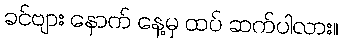
ခင်ဗျား နောက် နေ့မှ ထပ် ဆက်ပါလား။